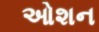
ઓશન